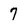
Character: 7